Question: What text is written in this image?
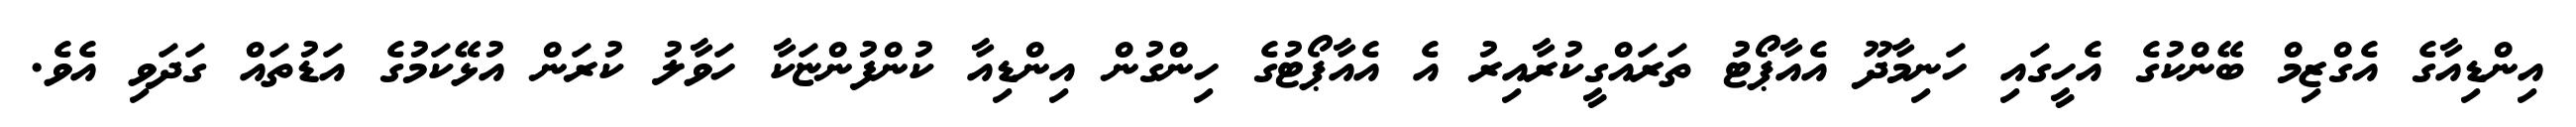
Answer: އިންޑިއާގެ އެގްޒިމް ބޭންކުގެ އެހީގައި ހަނިމާދޫ އެއާޕޯޓު ތަރައްގީކުރާއިރު އެ އެއާޕޯޓުގެ ހިންގުން އިންޑިއާ ކުންފުންޏަކާ ހަވާލު ކުރަން އުޅޭކަމުގެ އަޑުތައް ގަދަވި އެވެ.